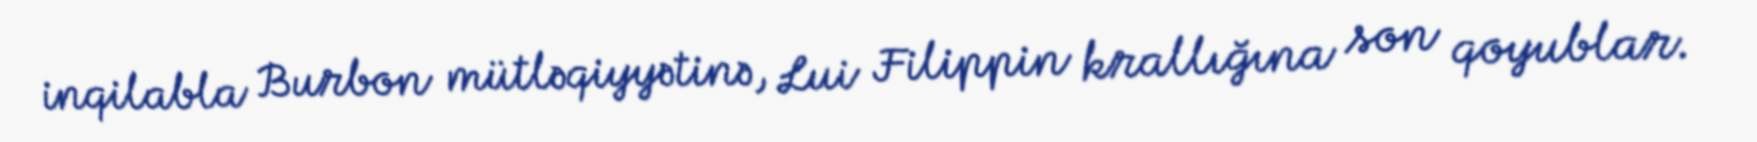
inqilabla Burbon mütləqiyyətinə, Lui Filippin krallığına son qoyublar.